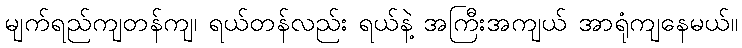
မျက်ရည်ကျတန်ကျ၊ ရယ်တန်လည်း ရယ်နဲ့ အကြီးအကျယ် အာရုံကျနေမယ်။